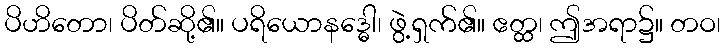
ပိဟိတော၊ ပိတ်ဆို့၏။ ပရိယောနဒ္ဓေါ၊ ဖွဲ့ရှက်၏။ ဧတ္ထ၊ ဤအရာ၌။ တဝ၊